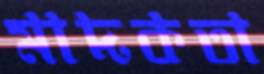
মাদকতা